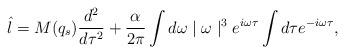
LaTeX: \begin{align*}\hat{l} = M(q_s)\frac{d^2}{d\tau^2} + \frac{\alpha}{2\pi} \int d\omega\mid \omega \mid^3 e^{i\omega \tau} \int d\tau e^{-i\omega \tau},\end{align*}